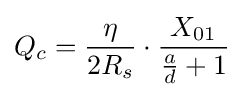
Q_{c}={\frac {\eta }{2R_{s}}}\cdot {\frac {X_{01}}{{\frac {a}{d}}+1}}